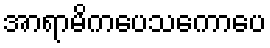
အာရာမိကပေသကောပေ